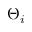
\Theta _ { i }